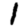
Digit: 1